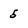
Character: 5